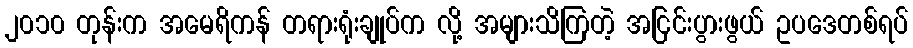
၂၀၁၀ တုန်းက အမေရိကန် တရားရုံးချုပ်က လို့ အများသိကြတဲ့ အငြင်းပွားဖွယ် ဥပဒေတစ်ရပ်